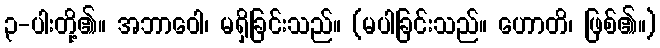
၃-ပါးတို့၏။ အဘာဝေါ၊ မရှိခြင်းသည်။ (မပါခြင်းသည်။ ဟောတိ၊ ဖြစ်၏။)